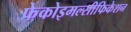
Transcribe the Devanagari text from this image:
फेकोइमल्सीफिकेशन